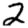
Digit: 2